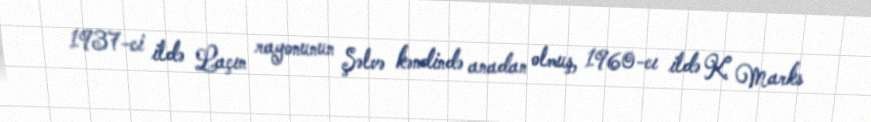
1937-ci ildə Laçın rayonunun Şəlvə kəndində anadan olmuş, 1960-cı ildə K. Marks